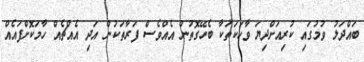
ބައްދަލު ވުމުގައި ކުރިއަށްދިޔަ ވާހަކަތަކާ ބެހޭގޮތުން އެއްވެސް ފަރާތަކުން އަދި އެއްޗެއް ހާމަކޮށްފައެއް